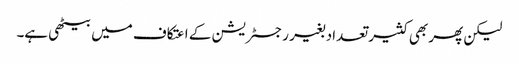
لیکن پھر بھی کثیر تعداد بغیر رجسٹریشن کے اعتکاف میں بیٹھی ہے۔